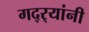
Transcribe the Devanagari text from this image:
गद्र्‍यांनी